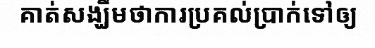
គាត់សង្ឃឹមថាការប្រគល់ប្រាក់ទៅឲ្យ